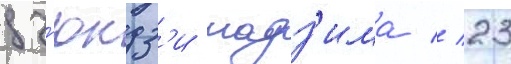
дз'юндз'и мадз'има // 23